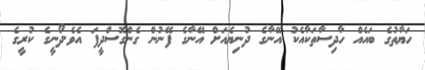
ހަޔާތުގެ ބައެއް ހާދިސާތަކާއެކު އޭނާގެ ދުނިޔެއަށް އޭނާގެ ފޭނުން ގެންގޮސްދީފަ އެވެ.ދޯނީގެ ކުރީގެ